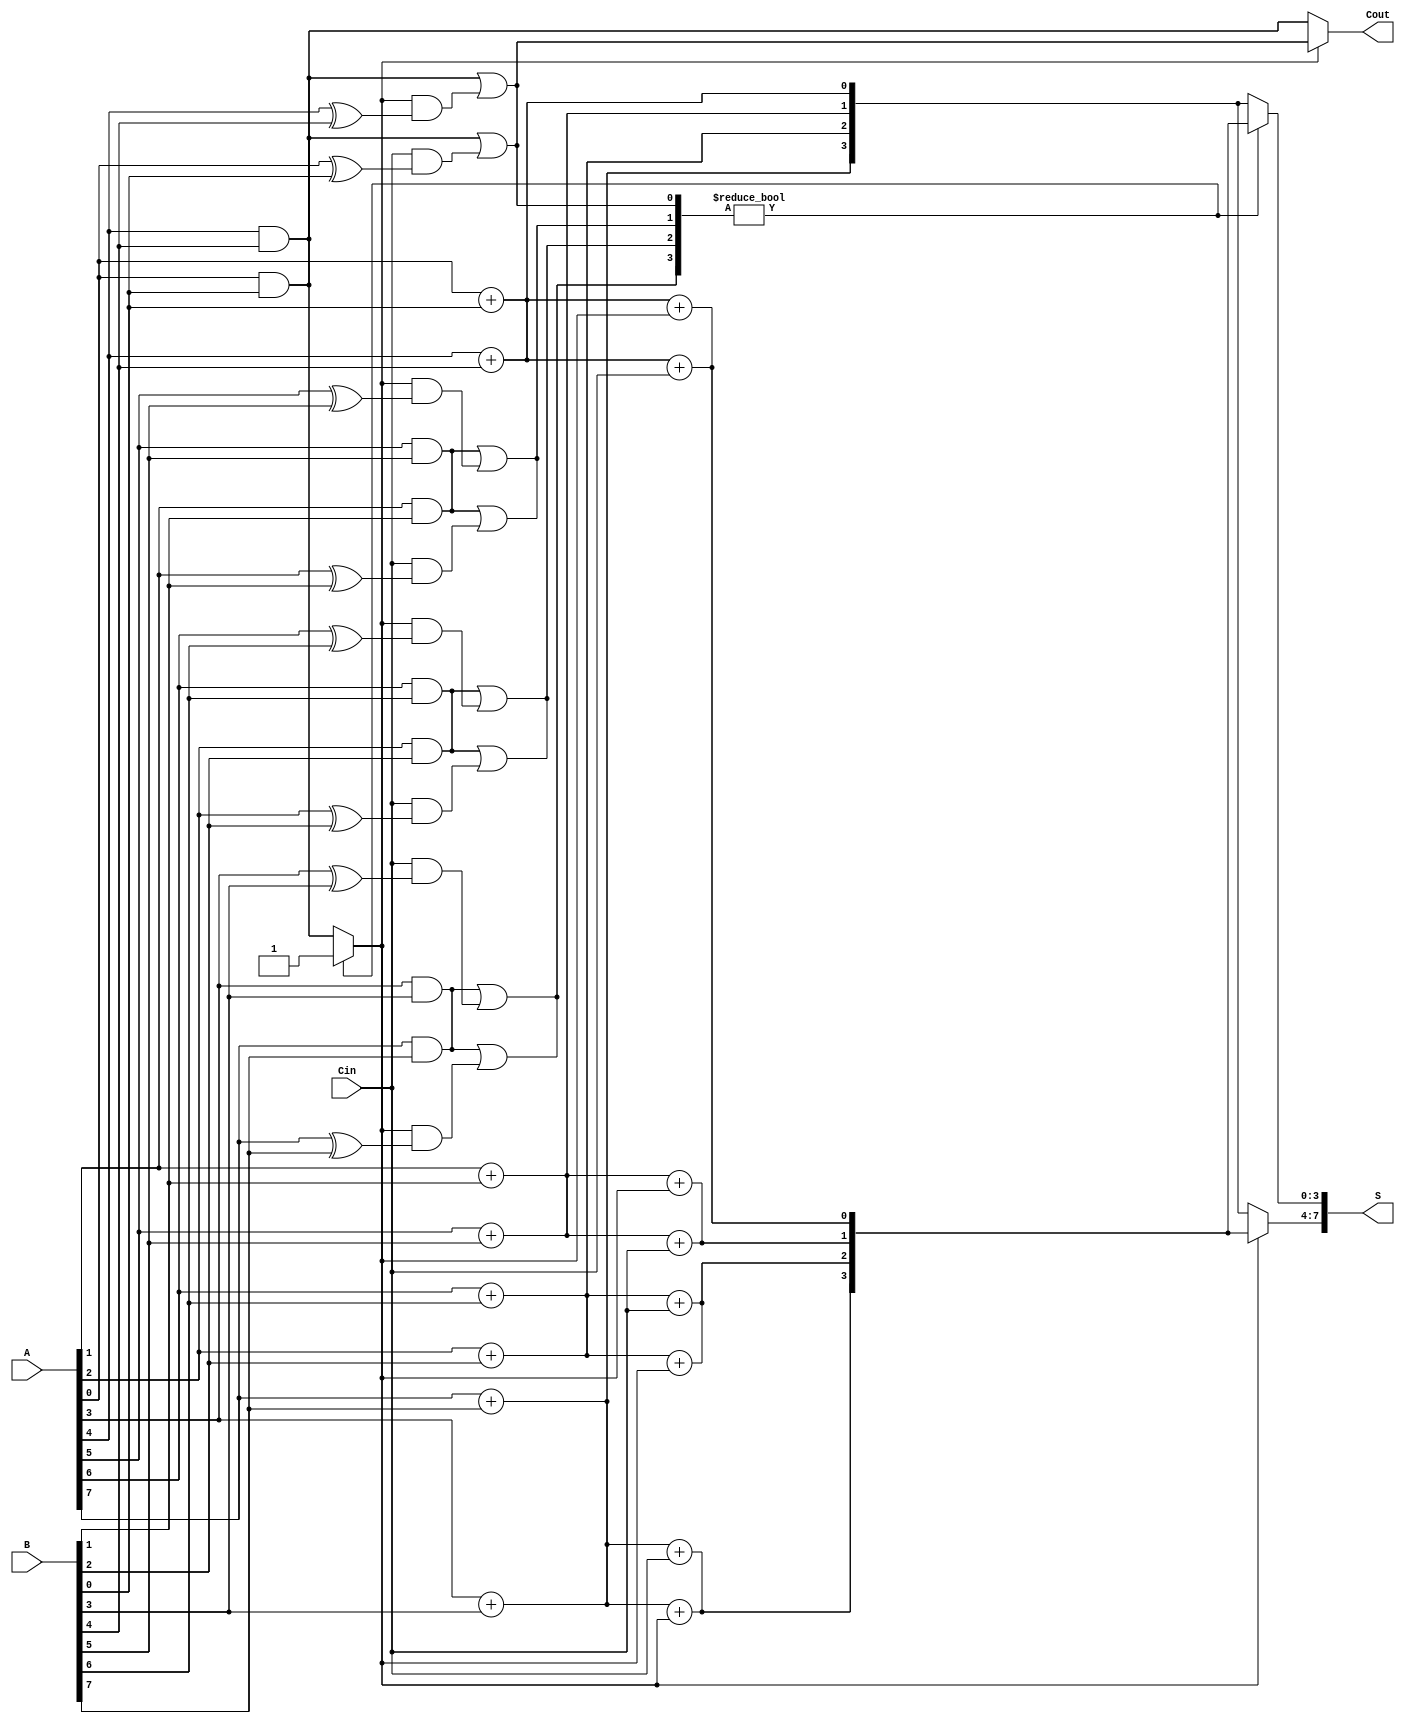
module conditional_sum_adder #(parameter N = 8, parameter BLOCK_SIZE = 4) (
    input [N-1:0] A,
    input [N-1:0] B,
    input Cin,
    output reg [N-1:0] S,
    output reg Cout
);

    // Internal signals
    wire [BLOCK_SIZE-1:0] S0, S1;
    wire [BLOCK_SIZE-1:0] C0, C1;
    wire [N/BLOCK_SIZE:0] carry;

    genvar i, j;
    
    // Generate blocks of CSA
    generate
        for (j = 0; j < N/BLOCK_SIZE; j = j + 1) begin : CSA_BLOCK
            for (i = 0; i < BLOCK_SIZE; i = i + 1) begin : CSA_BIT
                if (j == 0) begin
                    // First block
                    assign S0[i] = A[j*BLOCK_SIZE + i] + B[j*BLOCK_SIZE + i]; // Sum without carry-in
                    assign S1[i] = A[j*BLOCK_SIZE + i] + B[j*BLOCK_SIZE + i] + Cin; // Sum with carry-in
                    assign C0[i] = A[j*BLOCK_SIZE + i] & B[j*BLOCK_SIZE + i]; // Carry-out without Cin
                    assign C1[i] = (A[j*BLOCK_SIZE + i] & B[j*BLOCK_SIZE + i]) | (Cin & (A[j*BLOCK_SIZE + i] ^ B[j*BLOCK_SIZE + i])); // Carry-out with Cin
                end else begin
                    // Subsequent blocks
                    assign S0[i] = A[j*BLOCK_SIZE + i] + B[j*BLOCK_SIZE + i]; // Sum without carry-in
                    assign S1[i] = A[j*BLOCK_SIZE + i] + B[j*BLOCK_SIZE + i] + carry[j-1]; // Sum with carry-in
                    assign C0[i] = A[j*BLOCK_SIZE + i] & B[j*BLOCK_SIZE + i]; // Carry-out without Cin
                    assign C1[i] = (A[j*BLOCK_SIZE + i] & B[j*BLOCK_SIZE + i]) | (carry[j-1] & (A[j*BLOCK_SIZE + i] ^ B[j*BLOCK_SIZE + i])); // Carry-out with Cin
                end
            end
            
            // Select the appropriate sum and carry for the block
            always @(*) begin
                if (j == 0) begin
                    S[j*BLOCK_SIZE +: BLOCK_SIZE] = C1 ? S1 : S0;
                    carry[j] = C1 ? 1'b1 : C0;
                end else begin
                    S[j*BLOCK_SIZE +: BLOCK_SIZE] = carry[j-1] ? S1 : S0;
                    carry[j] = carry[j-1] ? C1 : C0;
                end
            end
        end
    endgenerate

    // Final carry-out
    always @(*) begin
        Cout = carry[N/BLOCK_SIZE-1];
    end

endmodule